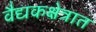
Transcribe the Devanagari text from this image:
वैद्यकक्षेत्रात